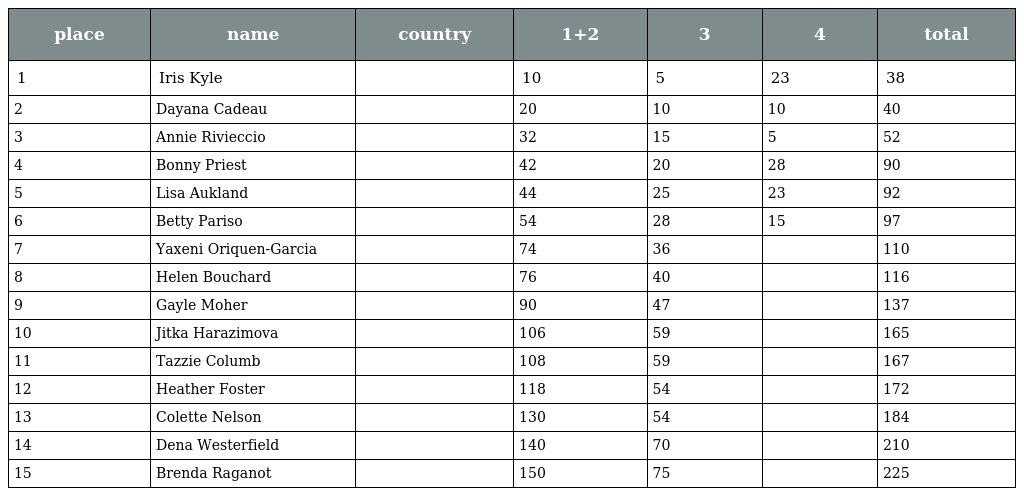
| place | name | country | 1+2 | 3 | 4 | total |
 | --- | --- | --- | --- | --- | --- | --- |
 | 1 | Iris Kyle |  | 10 | 5 | 23 | 38 |
 | 2 | Dayana Cadeau |  | 20 | 10 | 10 | 40 |
 | 3 | Annie Rivieccio |  | 32 | 15 | 5 | 52 |
 | 4 | Bonny Priest |  | 42 | 20 | 28 | 90 |
 | 5 | Lisa Aukland |  | 44 | 25 | 23 | 92 |
 | 6 | Betty Pariso |  | 54 | 28 | 15 | 97 |
 | 7 | Yaxeni Oriquen-Garcia |  | 74 | 36 |  | 110 |
 | 8 | Helen Bouchard |  | 76 | 40 |  | 116 |
 | 9 | Gayle Moher |  | 90 | 47 |  | 137 |
 | 10 | Jitka Harazimova |  | 106 | 59 |  | 165 |
 | 11 | Tazzie Columb |  | 108 | 59 |  | 167 |
 | 12 | Heather Foster |  | 118 | 54 |  | 172 |
 | 13 | Colette Nelson |  | 130 | 54 |  | 184 |
 | 14 | Dena Westerfield |  | 140 | 70 |  | 210 |
 | 15 | Brenda Raganot |  | 150 | 75 |  | 225 |